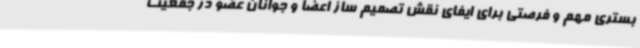
بستری مهم و فرصتی برای ایفای نقش تصمیم ساز اعضا و جوانان عضو در جمعیت